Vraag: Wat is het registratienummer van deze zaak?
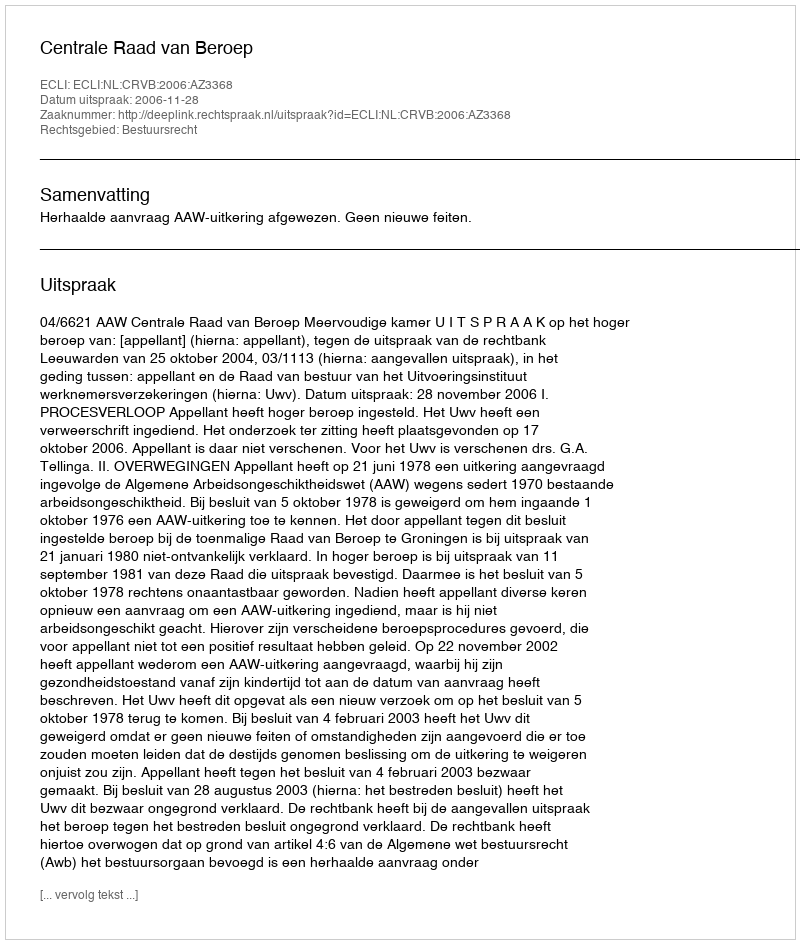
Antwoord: http://deeplink.rechtspraak.nl/uitspraak?id=ECLI:NL:CRVB:2006:AZ3368